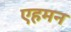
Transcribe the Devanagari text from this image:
एहमन